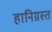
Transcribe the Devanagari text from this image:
हानिग्रस्त